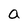
Character: a